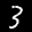
Label: 3